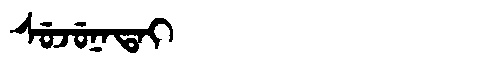
Manchu: ᠰᡠᠵᡠᠨᠠᡨᠠᡳ
Romanization: SUJUNATAI